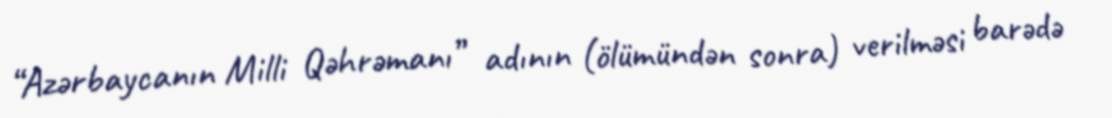
“Azərbaycanın Milli Qəhrəmanı” adının (ölümündən sonra) verilməsi barədə